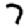
Digit: 7